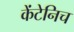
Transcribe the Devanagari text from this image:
केंटेनिच